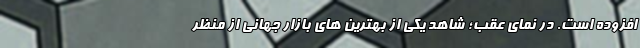
افزوده است. در نمای عقب؛ شاهد یکی از بهترین های بازار جهانی از منظر